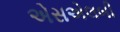
એસએલબી